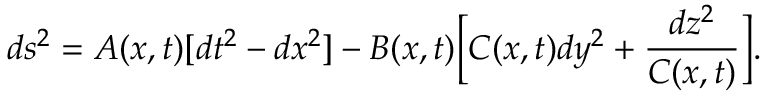
d s ^ { 2 } = A ( x , t ) [ d t ^ { 2 } - d x ^ { 2 } ] - B ( x , t ) \biggl [ C ( x , t ) d y ^ { 2 } + \frac { d z ^ { 2 } } { C ( x , t ) } \biggr ] .